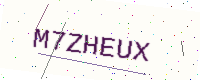
Text: M7ZHEUX